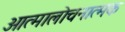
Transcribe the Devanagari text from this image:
आत्मालोचनात्मक